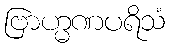
ဗြာဟ္မဏပရိသံ